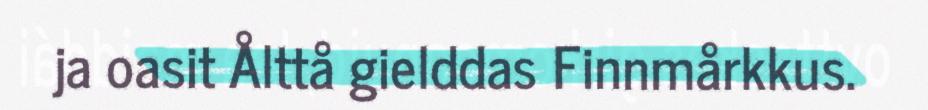
ja oasit Ålttå gielddas Finnmårkkus.